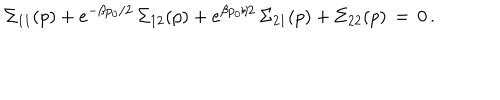
\Sigma _ { 1 1 } ( p ) + e ^ { - \beta p _ { 0 } / 2 } \, \Sigma _ { 1 2 } ( p ) + e ^ { \beta p _ { 0 } / 2 } \, \Sigma _ { 2 1 } ( p ) + \Sigma _ { 2 2 } ( p ) \, = \, 0 \, .